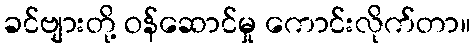
ခင်ဗျားတို့ ဝန်ဆောင်မှု ကောင်းလိုက်တာ။